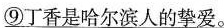
⑨丁香是哈尔滨人的挚爱。